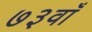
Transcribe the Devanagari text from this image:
७३वाँ